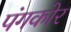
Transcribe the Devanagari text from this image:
पंगकोर